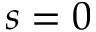
s = 0